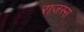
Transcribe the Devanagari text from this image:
राजस्स